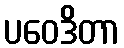
ပဝေဒိတာ